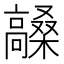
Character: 𮪼